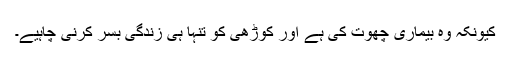
کیونکہ وہ بیماری چھوت کی ہے اور کوڑھی کو تنہا ہی زندگی بسر کرنی چاہیے۔